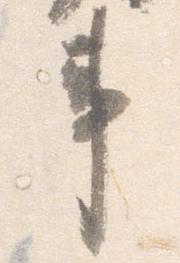
事